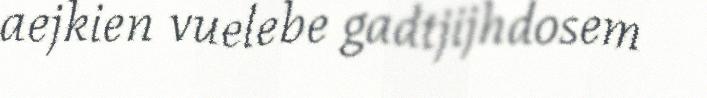
aejkien vuelebe gadtjijhdosem